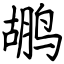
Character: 鹕